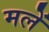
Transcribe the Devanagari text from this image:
मलें